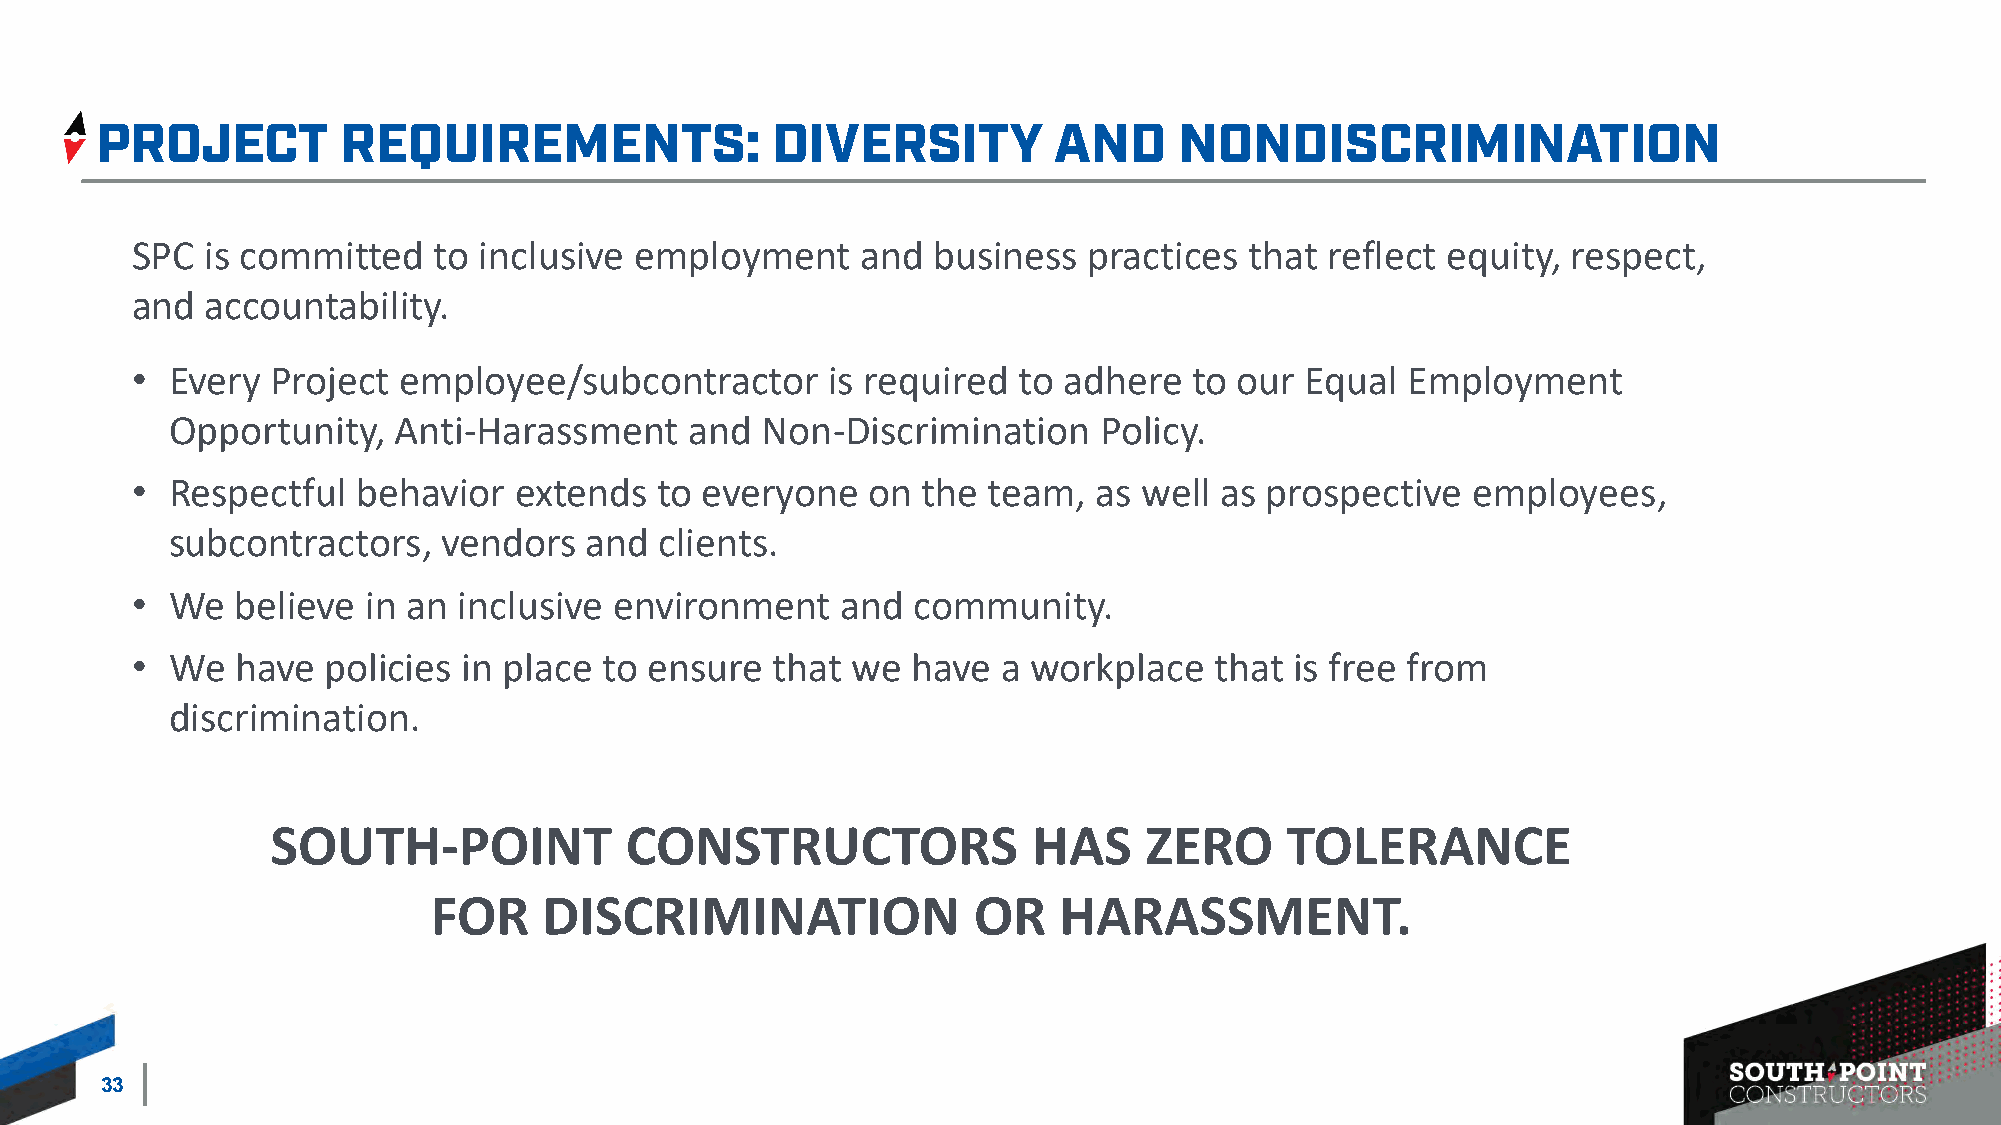
SPC  is committed   to inclusive employment     and  business  practices  that reflect equity, respect,
 and  accountability.
 • Every  Project employee/subcontractor       is required to adhere   to our Equal  Employment
 Opportunity,   Anti-Harassment     and Non-Discrimination     Policy.
 • Respectful   behavior  extends  to everyone   on  the team,  as  well as prospective  employees,
 subcontractors,   vendors   and  clients.
 • We   believe in an inclusive  environment    and community.
 • We   have policies  in place to ensure  that we  have  a workplace   that  is free from
 discrimination.
 SOUTH-POINT            CONSTRUCTORS               HAS     ZERO     TOLERANCE
 FOR    DISCRIMINATION              OR    HARASSMENT.
 33